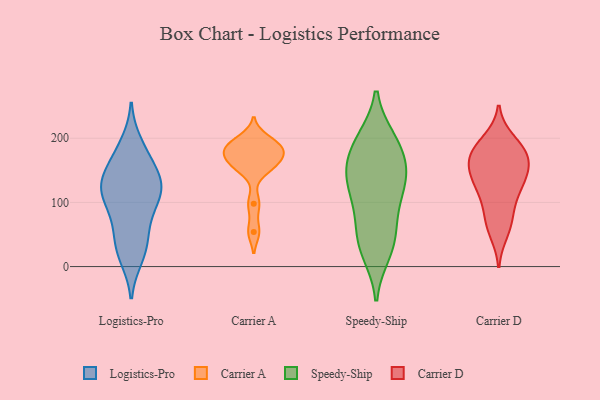
{"axis": {"x": "Waste Production (Tons)", "y": "Value"}, "legend": ["Carrier A", "Carrier D", "Logistics-Pro", "Speedy-Ship"], "data": [{"x": "", "y": 113, "type": "Logistics-Pro"}, {"x": "", "y": 121, "type": "Logistics-Pro"}, {"x": "", "y": 136, "type": "Logistics-Pro"}, {"x": "", "y": 147, "type": "Logistics-Pro"}, {"x": "", "y": 119, "type": "Logistics-Pro"}, {"x": "", "y": 178, "type": "Logistics-Pro"}, {"x": "", "y": 24, "type": "Logistics-Pro"}, {"x": "", "y": 72, "type": "Logistics-Pro"}, {"x": "", "y": 49, "type": "Logistics-Pro"}, {"x": "", "y": 165, "type": "Logistics-Pro"}, {"x": "", "y": 29, "type": "Logistics-Pro"}, {"x": "", "y": 79, "type": "Logistics-Pro"}, {"x": "", "y": 116, "type": "Logistics-Pro"}, {"x": "", "y": 191, "type": "Logistics-Pro"}, {"x": "", "y": 133, "type": "Logistics-Pro"}, {"x": "", "y": 111, "type": "Logistics-Pro"}, {"x": "", "y": 15, "type": "Logistics-Pro"}, {"x": "", "y": 158, "type": "Carrier A"}, {"x": "", "y": 185, "type": "Carrier A"}, {"x": "", "y": 163, "type": "Carrier A"}, {"x": "", "y": 189, "type": "Carrier A"}, {"x": "", "y": 98, "type": "Carrier A"}, {"x": "", "y": 180, "type": "Carrier A"}, {"x": "", "y": 177, "type": "Carrier A"}, {"x": "", "y": 54, "type": "Carrier A"}, {"x": "", "y": 200, "type": "Carrier A"}, {"x": "", "y": 152, "type": "Carrier A"}, {"x": "", "y": 60, "type": "Speedy-Ship"}, {"x": "", "y": 190, "type": "Speedy-Ship"}, {"x": "", "y": 156, "type": "Speedy-Ship"}, {"x": "", "y": 23, "type": "Speedy-Ship"}, {"x": "", "y": 140, "type": "Speedy-Ship"}, {"x": "", "y": 33, "type": "Speedy-Ship"}, {"x": "", "y": 95, "type": "Speedy-Ship"}, {"x": "", "y": 196, "type": "Speedy-Ship"}, {"x": "", "y": 163, "type": "Speedy-Ship"}, {"x": "", "y": 43, "type": "Speedy-Ship"}, {"x": "", "y": 129, "type": "Speedy-Ship"}, {"x": "", "y": 197, "type": "Speedy-Ship"}, {"x": "", "y": 109, "type": "Speedy-Ship"}, {"x": "", "y": 137, "type": "Speedy-Ship"}, {"x": "", "y": 196, "type": "Carrier D"}, {"x": "", "y": 169, "type": "Carrier D"}, {"x": "", "y": 182, "type": "Carrier D"}, {"x": "", "y": 178, "type": "Carrier D"}, {"x": "", "y": 141, "type": "Carrier D"}, {"x": "", "y": 118, "type": "Carrier D"}, {"x": "", "y": 136, "type": "Carrier D"}, {"x": "", "y": 70, "type": "Carrier D"}, {"x": "", "y": 163, "type": "Carrier D"}, {"x": "", "y": 182, "type": "Carrier D"}, {"x": "", "y": 54, "type": "Carrier D"}, {"x": "", "y": 156, "type": "Carrier D"}, {"x": "", "y": 75, "type": "Carrier D"}, {"x": "", "y": 108, "type": "Carrier D"}, {"x": "", "y": 132, "type": "Carrier D"}]}